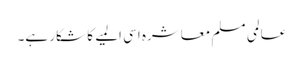
عالمی مسلم معاشرہ اسی المیے کا شکار ہے۔